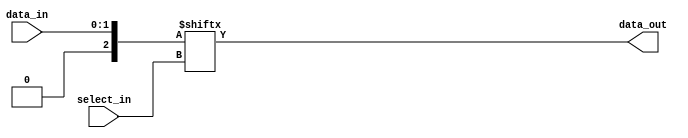
`timescale 1ns / 1ps
//////////////////////////////////////////////////////////////////////////////////
// Company: 
// Engineer: 
// 
// Design Name: 
// Module Name: mux
// Project Name: 
// Target Devices: 
// Tool Versions: 
// Description: 
// 
// Dependencies: 
// 
// Revision:
// Revision 0.01 - File Created
// Additional Comments:
// 
//////////////////////////////////////////////////////////////////////////////////


module mux
#(parameter NUM_INPUTS = 2, parameter NUM_OUTPUTS = 1)
(
input [(NUM_INPUTS-1):0] data_in,
input [$clog2(NUM_INPUTS)-1:0] select_in,
output data_out
);
reg [NUM_INPUTS:0] D;
always @ (D)
begin
D <= data_in;
end
assign data_out = D[select_in];
endmodule